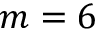
m = 6